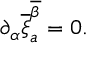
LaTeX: \partial _ { \alpha } \overline { { { \xi } } } _ { a } ^ { \overline { { { \beta } } } } = 0 .